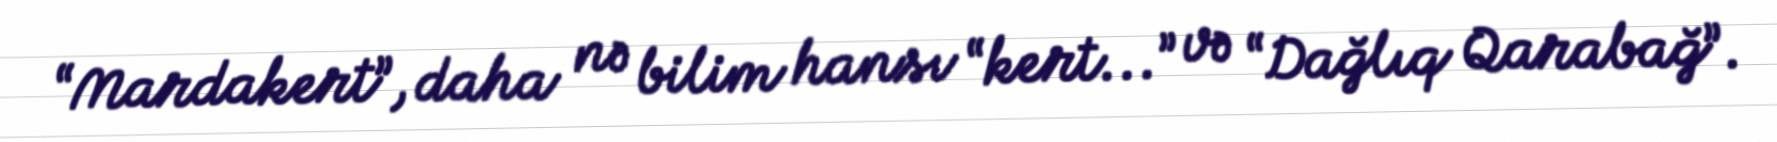
“Mardakert”, daha nə bilim hansı “kert...” və “Dağlıq Qarabağ”.